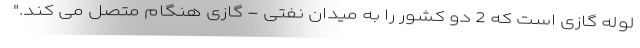
لوله گازی است که 2 دو کشور را به میدان نفتی - گازی هنگام متصل می کند."